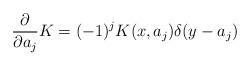
LaTeX: \begin{align*}{\partial\over\partial a_j} K = (-1)^j K(x,a_j)\delta(y-a_j)\end{align*}